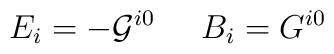
E_i = - {\cal G}^{i0} \; \; \; \; \; B_i = G^{i0}